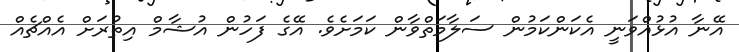
އޭނާ އުޅުއްވަނީ އެކަންކަމުން ސަލާމަތްވާން ކަމަށެވެ. އޭގެ ފަހުން އުޝާމް އިތުރަށް އެއްޗެއް